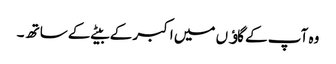
وہ آپ کے گاﺅں میں اکبر کے بیٹے کے ساتھ ۔